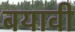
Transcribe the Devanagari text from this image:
बयावी